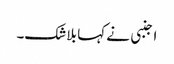
اجنبی نے کہا بلاشک۔